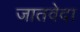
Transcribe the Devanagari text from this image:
जातवेदा